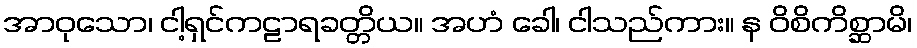
အာဝုသော၊ ငါ့ရှင်ကဠာရခတ္တိယ။ အဟံ ခေါ၊ ငါသည်ကား။ န ဝိစိကိစ္ဆာမိ၊